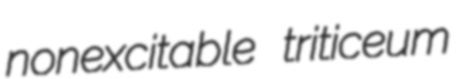
nonexcitable triticeum